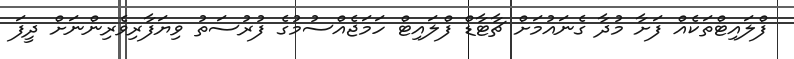
ފްލައިޓްތަކެއް ފަށާ މުދާ ގެނައުމަށް ޗާޓާޑް ފްލައިޓް ހަމަޖެއްސުމުގެ ފުރުސަތު ވިޔަފާރިވެރިންނަށް ދީފަ